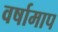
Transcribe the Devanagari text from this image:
वर्षामाप